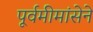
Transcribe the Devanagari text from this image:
पूर्वमीमांसेने